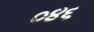
૦૪૬